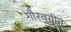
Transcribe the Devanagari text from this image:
गौरवगीत